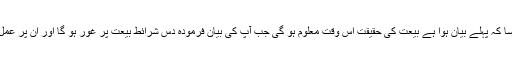
اور جیسا کہ پہلے بیان ہوا ہے بیعت کی حقیقت اُس وقت معلوم ہو گی جب آپ کی بیان فرمودہ دس شرائطِ بیعت پر غور ہو گا اور اُن پر عمل ہو گا۔